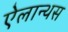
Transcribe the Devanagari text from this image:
ऐलान्थस